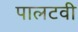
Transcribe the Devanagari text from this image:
पालटवी